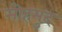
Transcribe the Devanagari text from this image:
मोहमुद